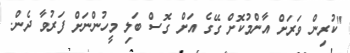
"ކުރިން ވަރަށް އާންމުކޮށް ގޭގެ އަށް ގޮސް ބަލި މީހުންނަށް ފަރުވާ ދެން.